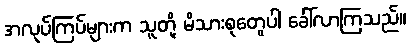
အလုပ်ကြပ်များက သူတို့ မိသားစုတွေပါ ခေါ်လာကြသည်။